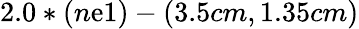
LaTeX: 2.0*(n\mathrm{e}1)-(3.5cm,1.35cm)